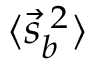
\langle { \vec { s } } _ { b } ^ { \; 2 } \rangle